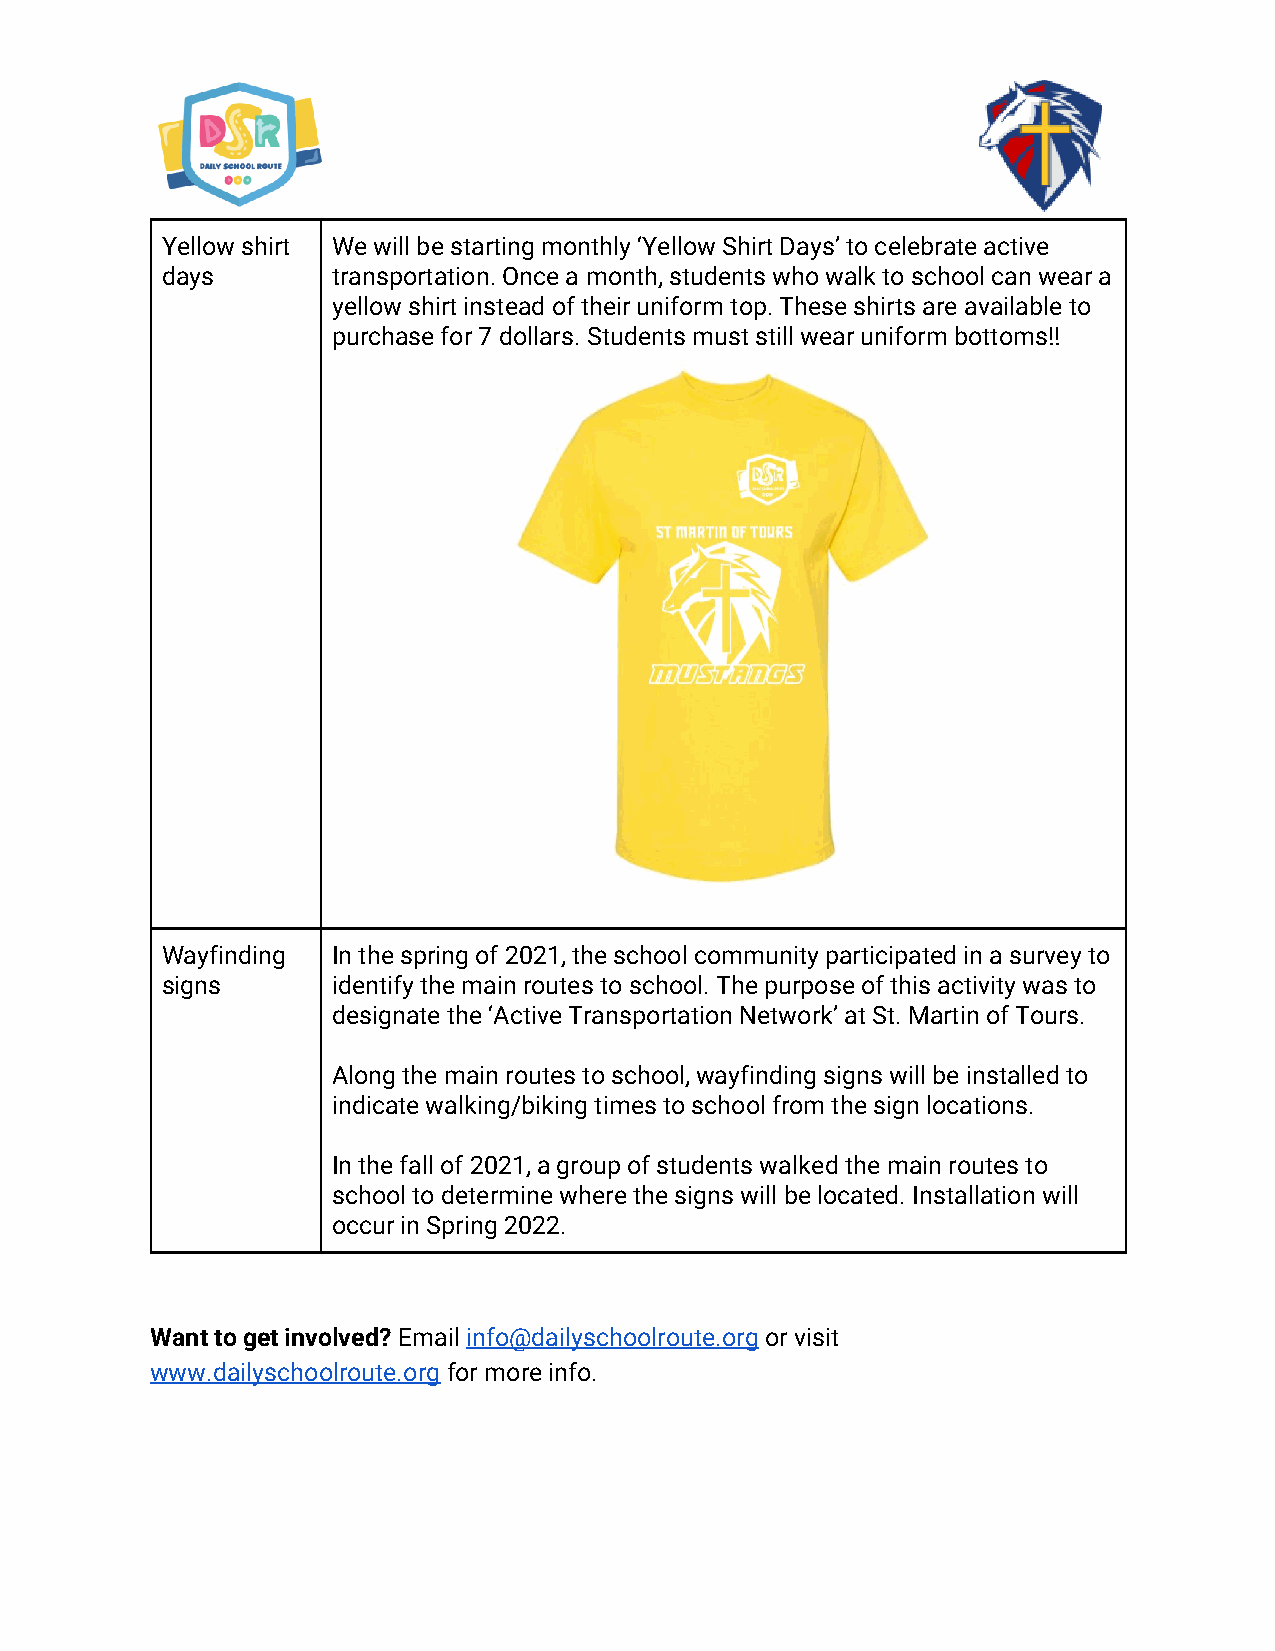
Yellow shirt We will be starting monthly ‘Yellow Shirt Days’ to celebrate active
 days       transportation. Once a month, students who walk to school can wear a
 yellow shirt instead of their uniform top. These shirts are available to
 purchase for 7 dollars. Students must still wear uniform bottoms!!
 Wayfinding In the spring of 2021, the school community participated in a survey to
 signs      identify the main routes to school. The purpose of this activity was to
 designate the ‘Active Transportation Network’ at St. Martin of Tours.
 Along the main routes to school, wayfinding signs will be installed to
 indicate walking/biking times to school from the sign locations.
 In the fall of 2021, a group of students walked the main routes to
 school to determine where the signs will be located. Installation will
 occur in Spring 2022.
 Want to get involved? Email info@dailyschoolroute.org or visit
 www.dailyschoolroute.org for more info.